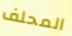
المحلف